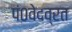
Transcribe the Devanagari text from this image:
पं०वेदव्रत